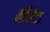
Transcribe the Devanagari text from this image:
मॉनेटा